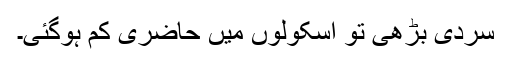
سردی بڑھی تو اسکولوں میں حاضری کم ہوگئی۔